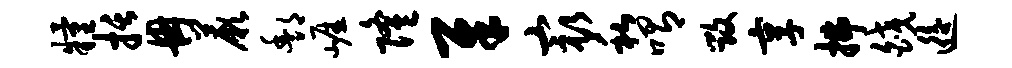
粮括冉蕨酆崖隆犀最私喟毁享拂皎逅